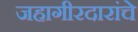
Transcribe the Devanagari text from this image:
जहागीरदारांचे